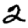
Digit: 2